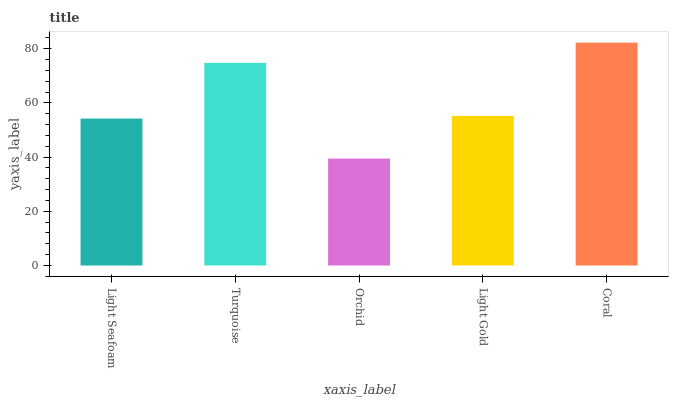
| xaxis_label | bars |
 | --- | --- |
 | Light Seafoam | 54.2 |
 | Turquoise | 74.8 |
 | Orchid | 39.5 |
 | Light Gold | 55.2 |
 | Coral | 82.3 |